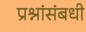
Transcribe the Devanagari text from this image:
प्रश्नांसंबधी